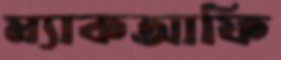
ম্যাকআফি